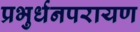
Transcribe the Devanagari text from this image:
प्रभुर्धनपरायण